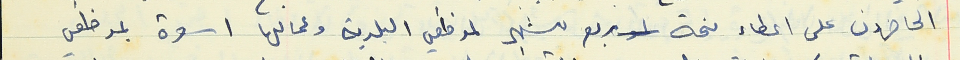
الحاضرون على اعطاء منحة ربع شهر لموظفي البلدية وعمالها اسوة بموظفي